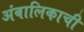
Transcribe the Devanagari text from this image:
अंबालिकाची